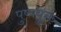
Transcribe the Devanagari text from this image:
पुष्पयुक्त